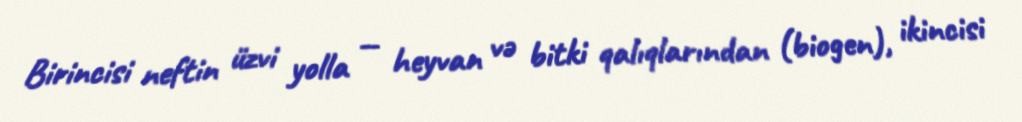
Birincisi neftin üzvi yolla — heyvan və bitki qalıqlarından (biogen), ikincisi